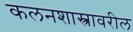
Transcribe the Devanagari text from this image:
कलनशास्त्रावरील